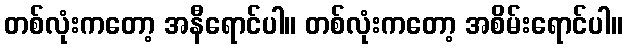
တစ်လုံးကတော့ အနီရောင်ပါ။ တစ်လုံးကတော့ အစိမ်းရောင်ပါ။